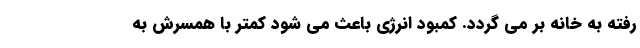
رفته به خانه بر می گردد. کمبود انرژی باعث می شود کمتر با همسرش به